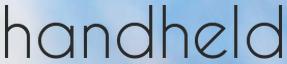
handheld